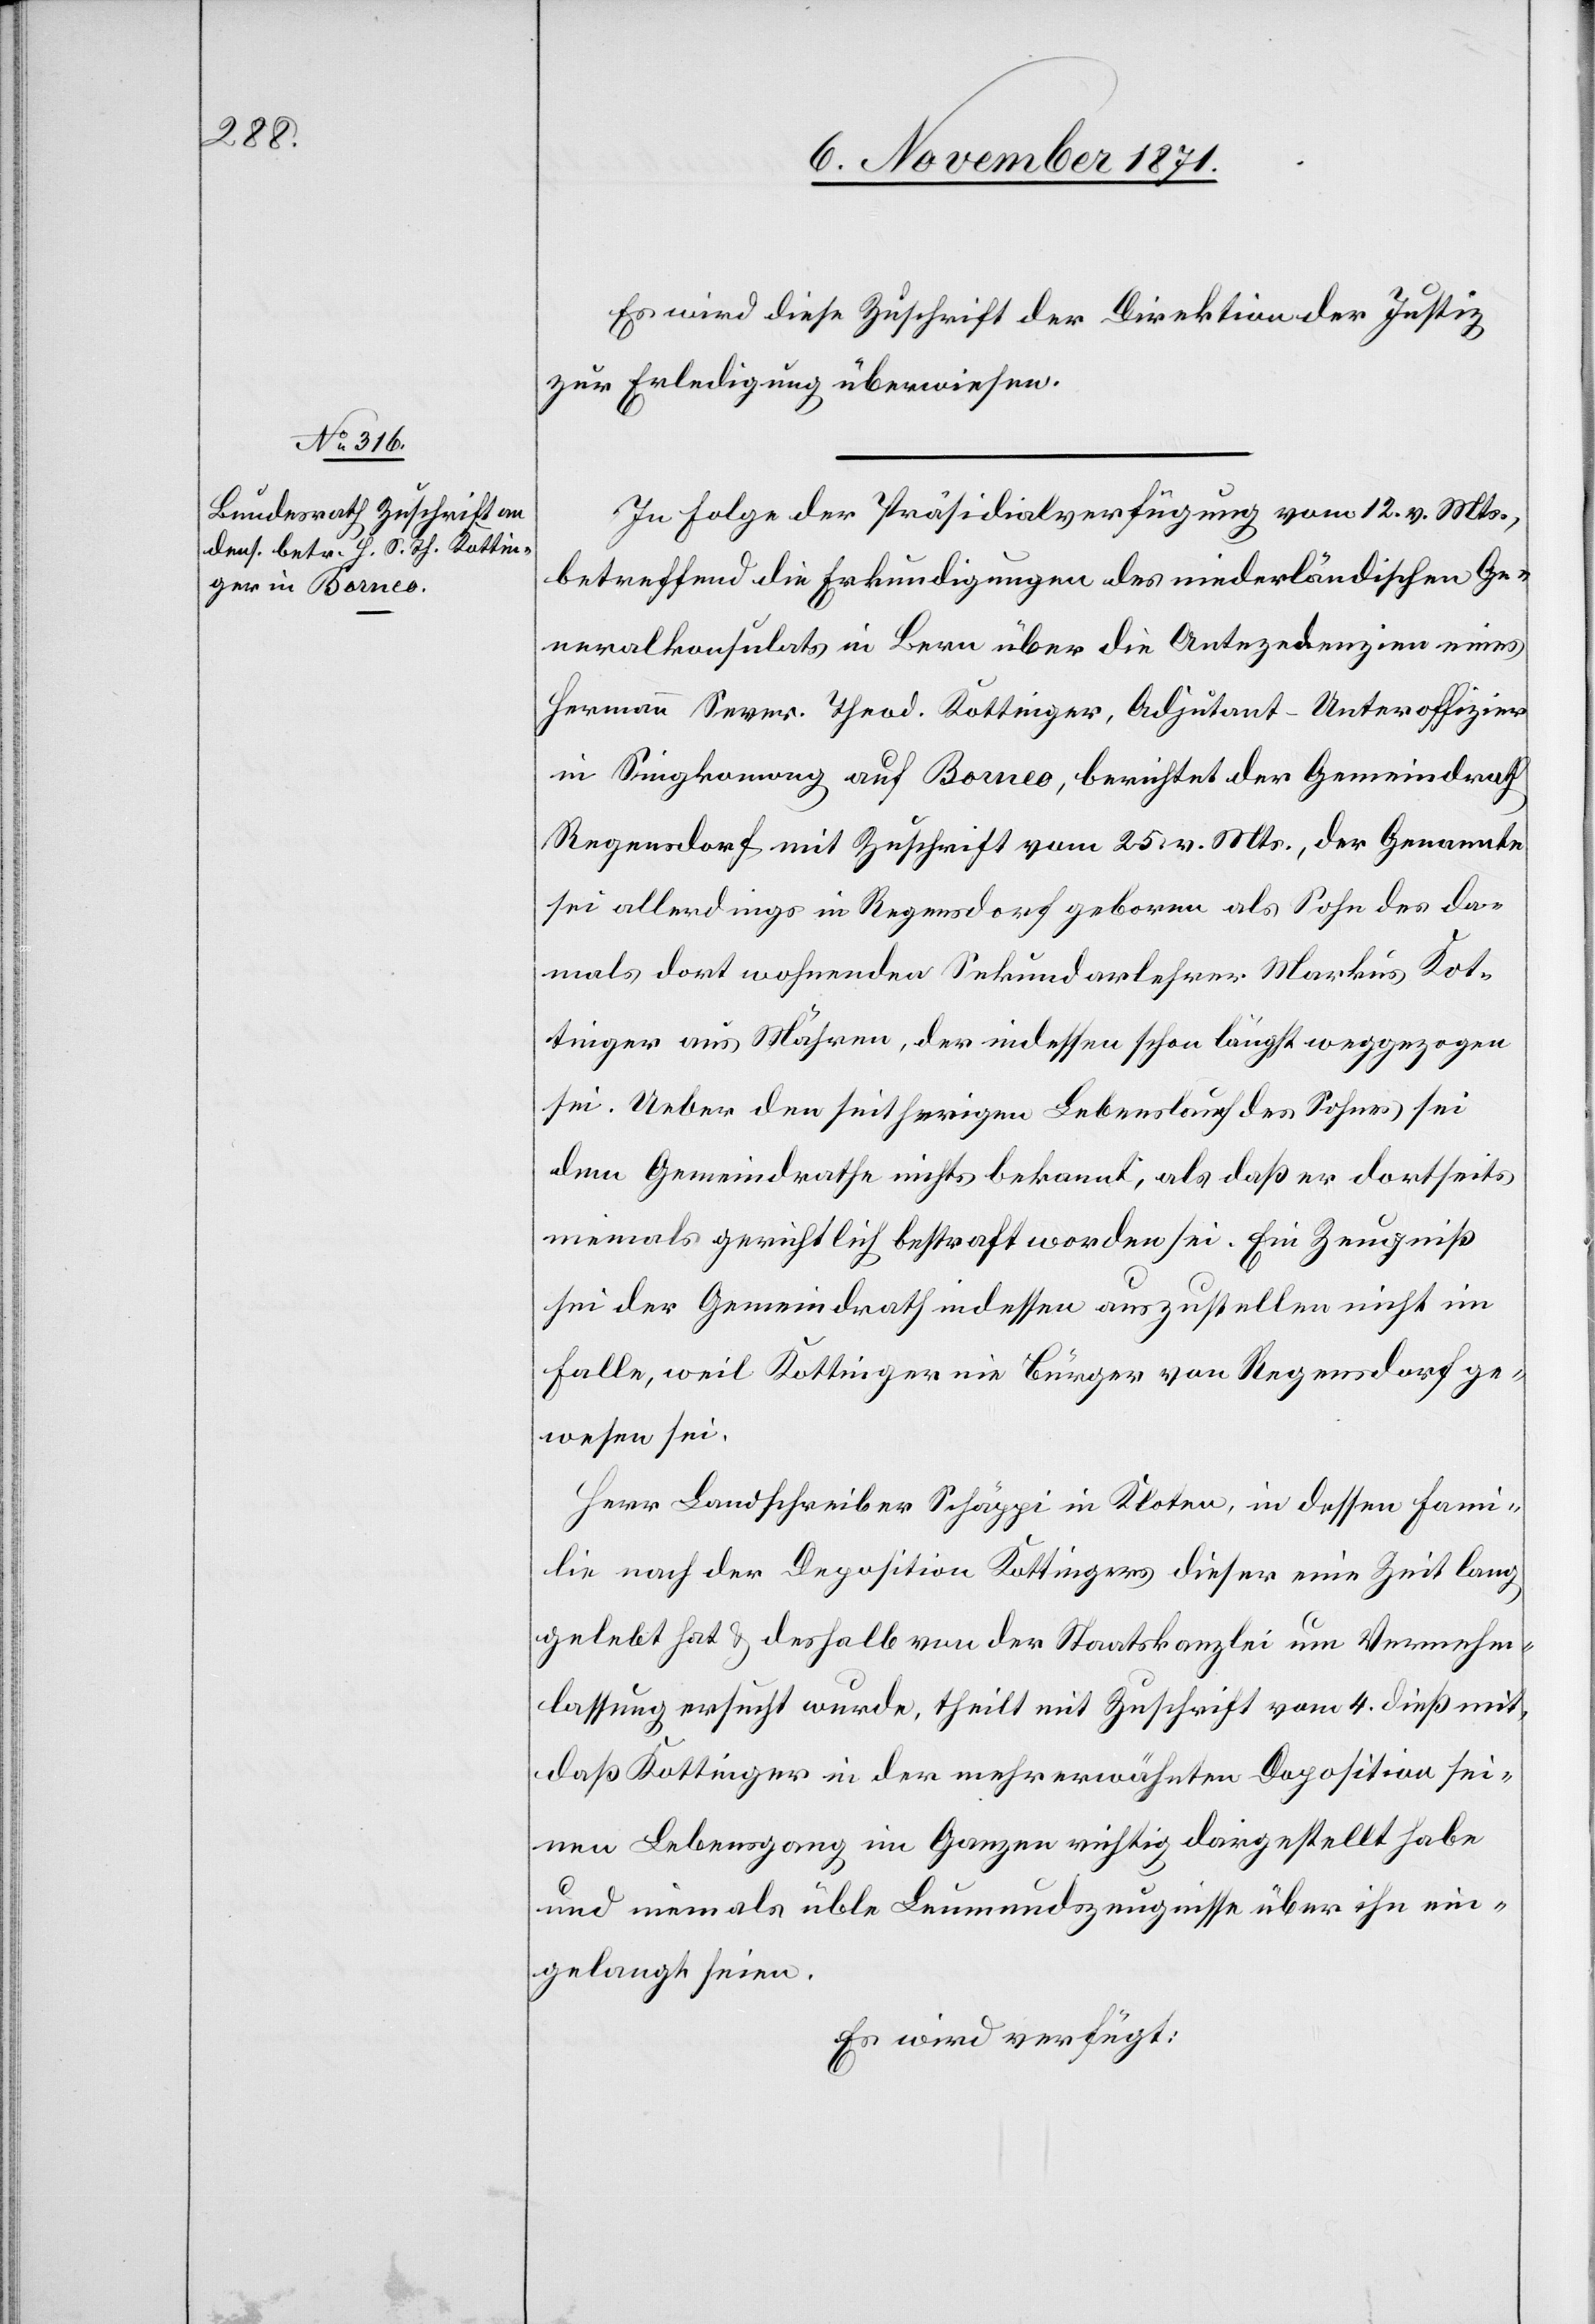
8. November 1871.]
Es wird diese Zuschrift der Direktion der Justiz
zur Erledigung überwiesen.
In Folge der Präsidialverfügung vom 12. v. Mts.,
betreffend die Erkundigungen des niederländischen Ge¬
neralkonsulats in Bern über die Antezedenzien eines
Hermann Sever. Theod. Kottinger, Adjutant-Unteroffizier
Singkawang] auf Borneo, berichtet der Gemeindrath
Regensdorf mit Zuschrift vom 25. v. Mts., der Genannte
sei allerdings in Regensdorf geboren als Sohn des da¬
mals dort wohnenden Sekundarlehrers Markus Kot¬
tinger aus Mähren, der indessen schon längst weggezogen
sei. Ueber den seitherigen Lebenslauf des Sohnes sei
dem Gemeindrathe nichts bekannt, als daß er dortseits
niemals gerichtlich bestraft worden sei. Ein Zeugniß
sei der Gemeindrath indessen auszustellen nicht im
Falle, weil Kottinger ein Bürger von Regensdorf ge¬
wesen sei.
Herr Landschreiber Schäppi in Kloten, in dessen Fami¬
lie nach der Deposition Kottingers dieser eine Zeit lang
gelebt hat & deshalb von der Staatskanzlei um Vernehm¬
lassung ersucht wurde, theilt mit Zuschrift vom 4. dieß mit,
daß Kottinger in der mehr erwähnten Deposition sei¬
nen Lebensgang im Ganzen richtig dargestellt habe
und niemals üble Leumundszeugnisse über ihn ein¬
gelangt seien.
Es wird verfügt: